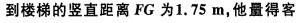
到楼梯的竖直距离FG为1.75m，他量得客